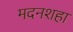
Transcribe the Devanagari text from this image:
मदनशहा